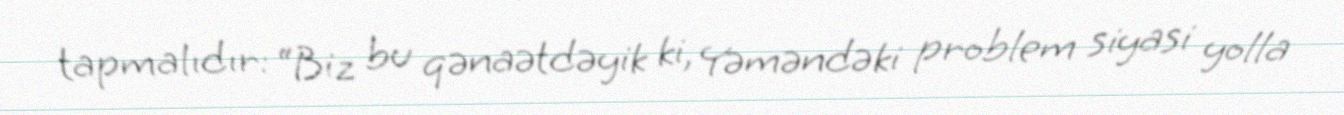
tapmalıdır: “Biz bu qənaətdəyik ki, Yəməndəki problem siyasi yolla